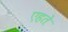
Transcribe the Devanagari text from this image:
एहते